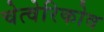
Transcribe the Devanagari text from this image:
चेत्वेरिकोव